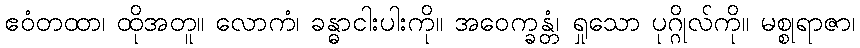
ဧဝံတထာ၊ ထိုအတူ။ လောကံ၊ ခန္ဓာငါးပါးကို။ အဝေက္ခန္တံ၊ ရှုသော ပုဂ္ဂိုလ်ကို။ မစ္စုရာဇာ၊